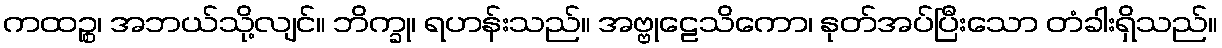
ကထဉ္စ၊ အဘယ်သို့လျင်။ ဘိက္ခု၊ ရဟန်းသည်။ အဗ္ဗုဠေသိကော၊ နုတ်အပ်ပြီးသော တံခါးရှိသည်။